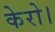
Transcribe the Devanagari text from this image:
केरो।